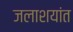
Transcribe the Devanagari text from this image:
जलाशयांत